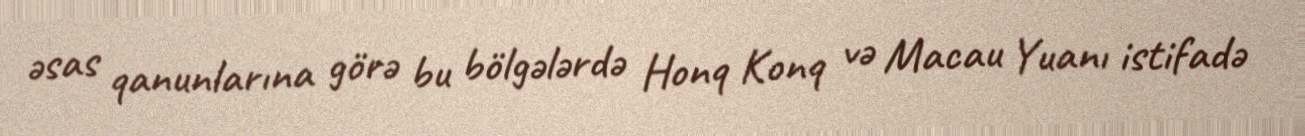
əsas qanunlarına görə bu bölgələrdə Honq Konq və Macau Yuanı istifadə